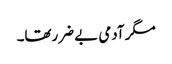
مگر آدمی بے ضررتھا۔